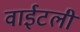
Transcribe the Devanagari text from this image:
वाईटली